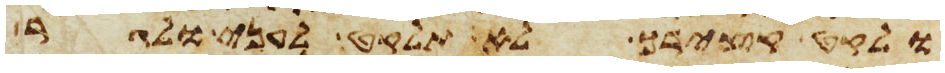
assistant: ולקט קצירך לא תלקט לעני ולגר